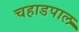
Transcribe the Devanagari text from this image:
चहाडपाल